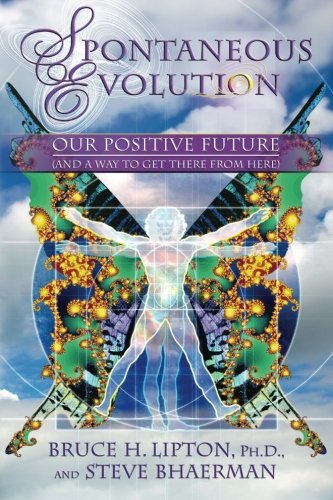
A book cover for Spontaneous Evolution: Our Positive Future and a Way to Get There From Here; Bruce H. Lipton; Science & Math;